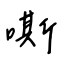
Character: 嘶